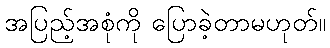
အပြည့်အစုံကို ပြောခဲ့တာမဟုတ်။